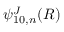
\psi _ { 1 0 , n } ^ { J } ( R )